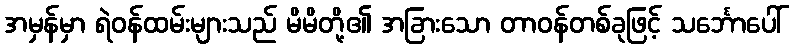
အမှန်မှာ ရဲဝန်ထမ်းများသည် မိမိတို့၏ အခြားသော တာဝန်တစ်ခုဖြင့် သင်္ဘောပေါ်